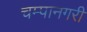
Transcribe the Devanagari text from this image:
चम्पानगरी